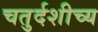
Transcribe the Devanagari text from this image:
चतुर्दशीच्य